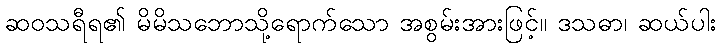
ဆဝသရီရ၏ မိမိသဘောသို့ရောက်သော အစွမ်းအားဖြင့်။ ဒသဓာ၊ ဆယ်ပါး